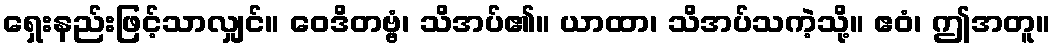
ရှေးနည်းဖြင့်သာလျှင်။ ဝေဒိတဗ္ဗံ၊ သိအပ်၏။ ယာထာ၊ သိအပ်သကဲ့သို့။ ဧဝံ၊ ဤအတူ။